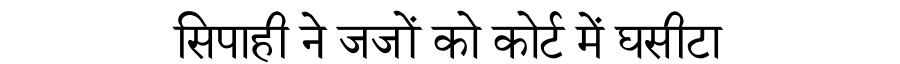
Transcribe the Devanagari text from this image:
सिपाही ने जजों को कोर्ट में घसीटा